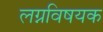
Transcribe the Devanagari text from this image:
लग्नविषयक